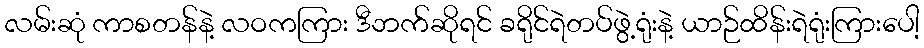
လမ်းဆုံ ကာစတန်နဲ့ လဝကကြား ဒီဘက်ဆိုရင် ခရိုင်ရဲတပ်ဖွဲ့ရုံးနဲ့ ယာဉ်ထိန်းရဲရုံးကြားပေါ့